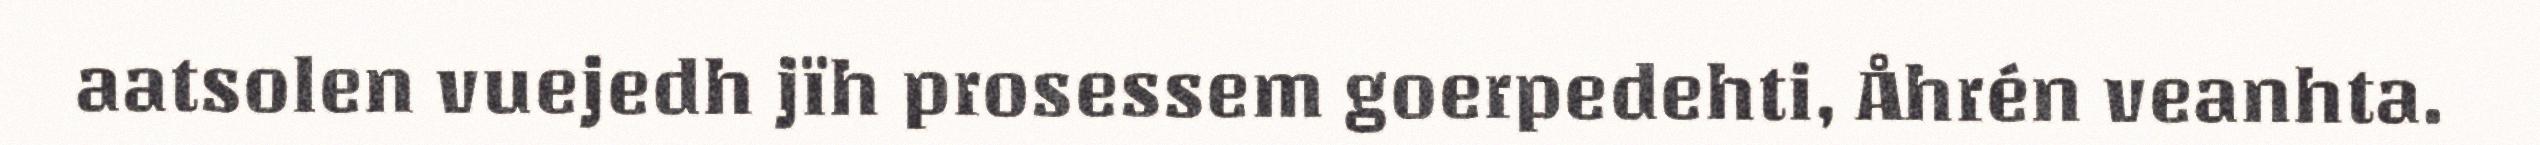
aatsolen vuejedh jïh prosessem goerpedehti, Åhrén veanhta.